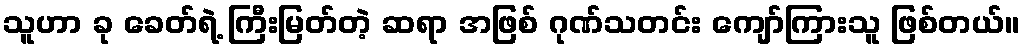
သူဟာ ခု ခေတ်ရဲ့ ကြီးမြတ်တဲ့ ဆရာ အဖြစ် ဂုဏ်သတင်း ကျော်ကြားသူ ဖြစ်တယ်။